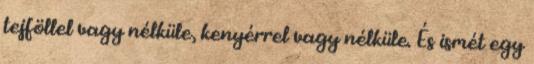
tejföllel vagy nélküle, kenyérrel vagy nélküle. És ismét egy